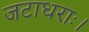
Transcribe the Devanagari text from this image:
जटाधराः।